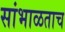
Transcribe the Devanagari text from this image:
सांभाळताच